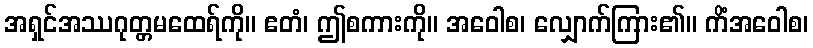
အရှင်အဿဂုတ္တမထေရ်ကို။ ဧတံ၊ ဤစကားကို။ အဝေါစ၊ လျှောက်ကြား၏။ ကိံအဝေါစ၊